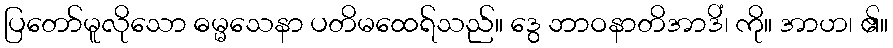
ပြတော်မူလိုသော ဓမ္မသေနာ ပတိမထေရ်သည်။ ဒွေ ဘာဝနာတိအာဒိံ၊ ကို။ အာဟ၊ ၏။